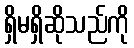
ရှိမရှိဆိုသည်ကို